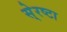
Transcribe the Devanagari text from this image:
से्रष्टा